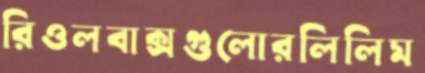
রিওলবাক্সগুলোরলিলিম